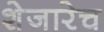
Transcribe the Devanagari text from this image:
शेजारेच